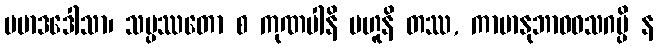
ပမာဒဒေါသာ၊ သမ္ပဿတော စ ကုဏပါနိ ဗဟူနိ တဿ, ကာမာနုဘာဝဝသဂမ္ပိ န